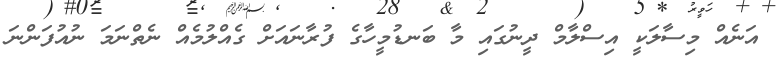
އަނެއް މިސާލަކީ އިސްލާމް ދީނުގައި މާ ބަނޑުމީހާގެ ފުރާނައަށް ގެއްލުމެއް ނެތްނަމަ ނުއުފަންނަ